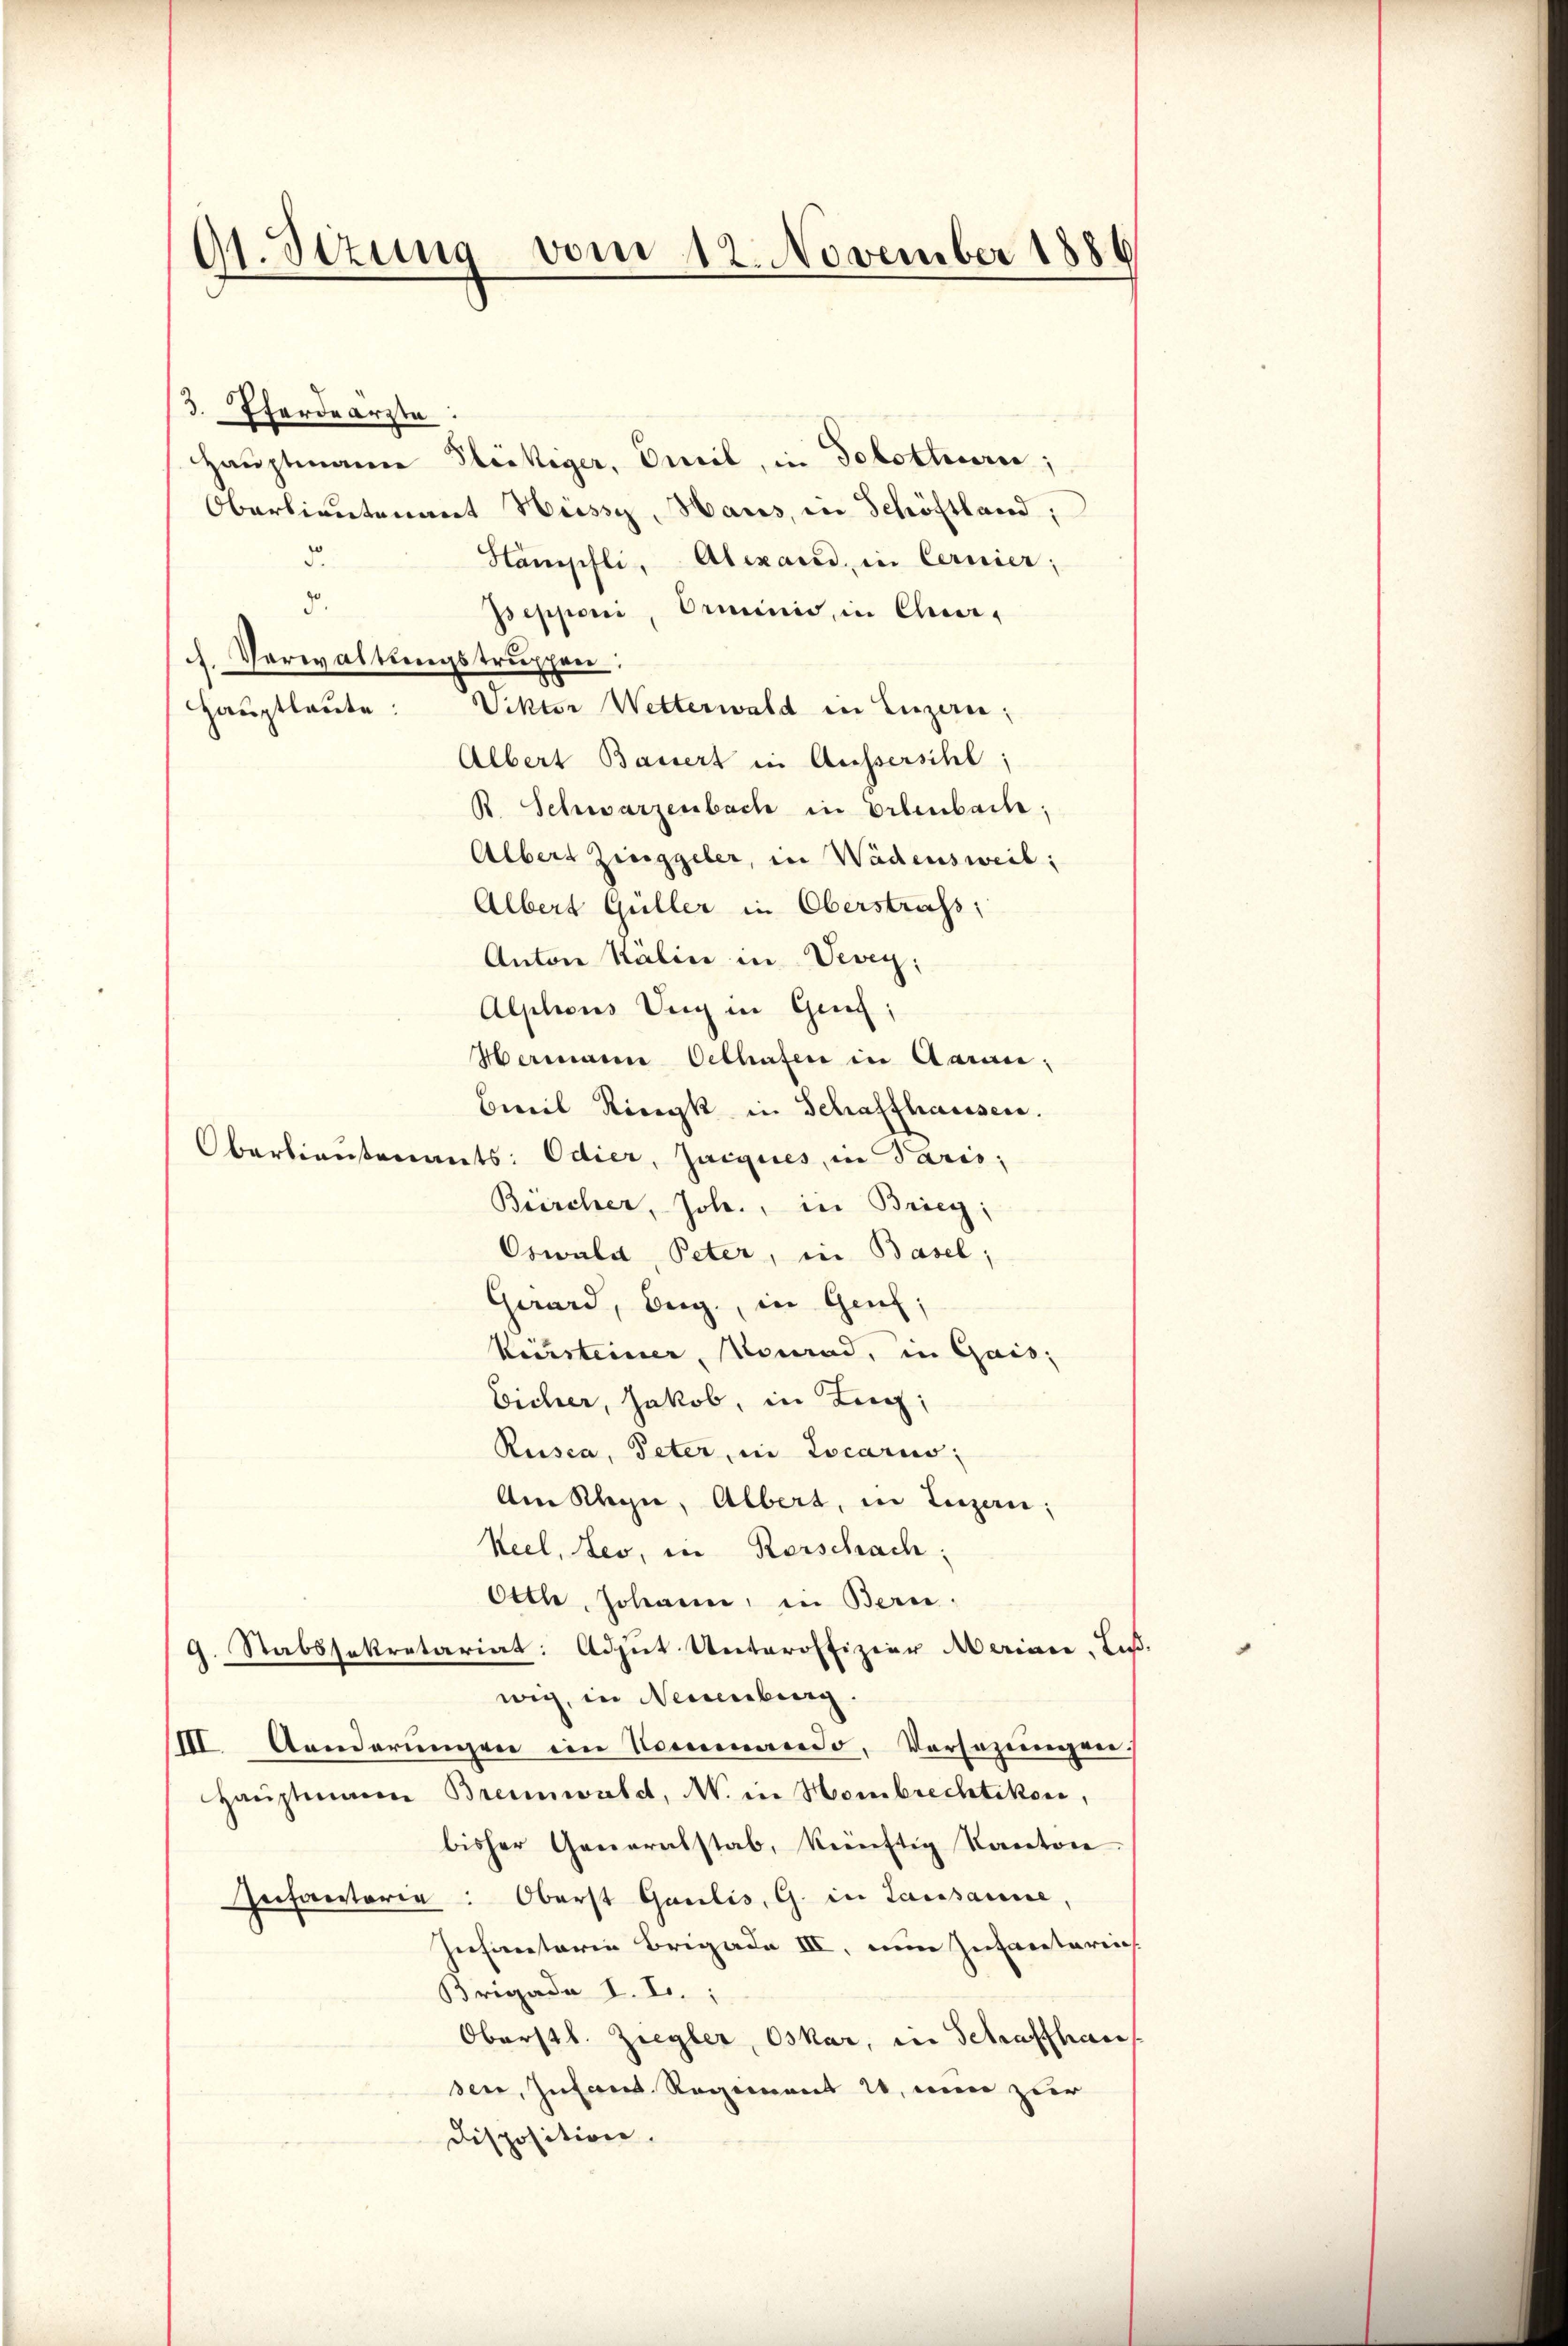
9t. Sitzung vom 12. November 1886

/3. Pferde ärzte

Hauptmann Fleckiger, Emil, in Solothurn,
Oberlieutenant Hüssy, Haus, in Schöftland,
5
Hampfli, Alexand, in Cernier;
5.
Jepponi, Orminis, in Charh. Verwaltungstruppen:
Viktor Wetterwald in Luzern;
Hauptlaute:
Albert Bassert in Aussersihl;
R. Schwarzenbach in Erlenbach;
Albert Zinggeler, in Wädensweil:
Albert Güller in Oberstrafs
Anton Kälin in Vevey;
Alphons Verg in Genf;
Hermann Oethafen in Aarau
Biel Ringk in Schaffhausen.
Oberlieutenants: Odier, Jacques, in Paris;
Bürcher, Joh., in Brieg,
Oswald, Peter, in Basel;
Gaurd, beige, in Genf;
Kirsteiner, Monrad, in Gais;
Eicher, Jakob, in Lug;
Rusca, Peter, in Locario;
Am Klein, Albert, in Luzern;
Keel, des, in Rorschach:
Ottl, Johann, in Berne.
9. Stabssekretariat Adjut Unteroffizier eriner. Laß.
wig, in Neuenburg.
IIII. Aenderŭngen im Kommando, Vorsezungen
Haŭptmann Brennwald, N. in Hombrechtikon,
bisher Generalstab, künftig Kanton
Infanterie: Oberst Gaulis, G. in Lausanne,
Infantaria Brigade III, nun Infantarii
Brigade I. L.
Oberstl. Ziegler, Oskar, in Schaffhau
sen, Infant. Regiment 20, nun zur
Disposition.